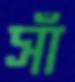
সাঁ